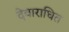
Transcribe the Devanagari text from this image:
देवाराधित